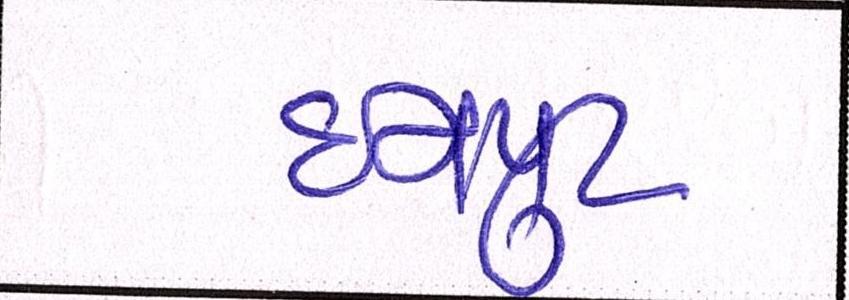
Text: ઇનપુટ